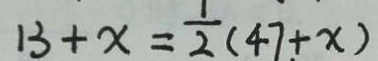
1 3 + x = \frac { 1 } { 2 } ( 4 7 + x )